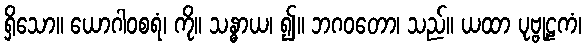
ရှိသော။ ယောဂါဝစရံ၊ ကို။ သန္ဓာယ၊ ၍။ ဘဂဝတော၊ သည်။ ယထာ ပုဗ္ဗုဠကံ၊